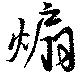
煽